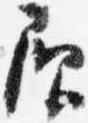
負